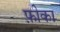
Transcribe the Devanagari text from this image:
फ़ीका